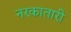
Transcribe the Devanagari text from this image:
नरकातारी